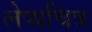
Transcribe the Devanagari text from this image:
लेप्यचित्र